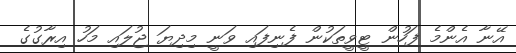
އޭނާ އެންމެ ފަހުން ޓީވީތަކުން ފެނިފައި ވަނީ މިދިޔަ ޖުލައި މަހު އިރާގުގެ